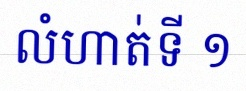
លំហាត់ទី ១